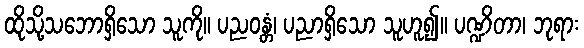
ထိုသို့သဘောရှိသော သူကို။ ပညဝန္တံ၊ ပညာရှိသော သူဟူ၍။ ပဏ္ဍိတာ၊ ဘုရား